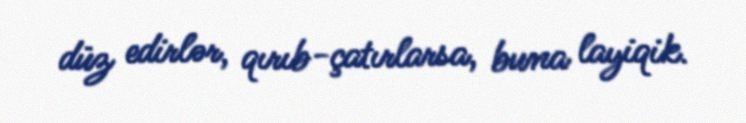
düz edirlər, qırıb-çatırlarsa, buna layiqik.